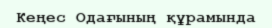
Кеңес Одағының құрамында